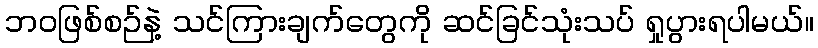
ဘဝဖြစ်စဉ်နဲ့ သင်ကြားချက်တွေကို ဆင်ခြင်သုံးသပ် ရှုပွားရပါမယ်။